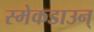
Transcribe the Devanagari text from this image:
स्मेकडाउन्